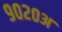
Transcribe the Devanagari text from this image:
९०२०अ